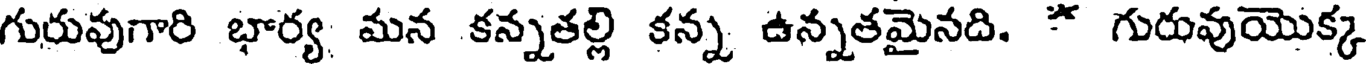
గురువుగారి భార్య మన కన్నతల్లి కన్న ఉన్నతమైనది. * గురువుయొక్క